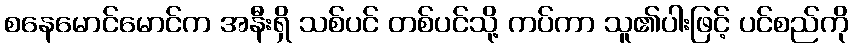
စနေမောင်မောင်က အနီးရှိ သစ်ပင် တစ်ပင်သို့ ကပ်ကာ သူ၏ပါးဖြင့် ပင်စည်ကို